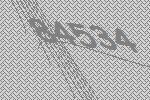
84534